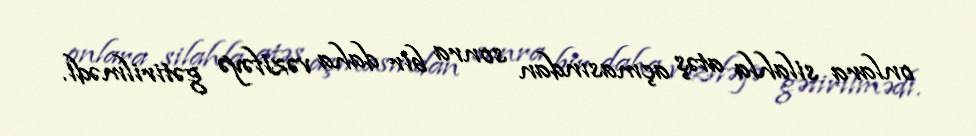
onlara silahla atəş açmasından sonra bir daha vəzifəyə gətirilmədi.